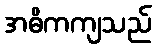
အဓိကကျသည်